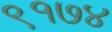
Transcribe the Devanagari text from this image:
९१७४